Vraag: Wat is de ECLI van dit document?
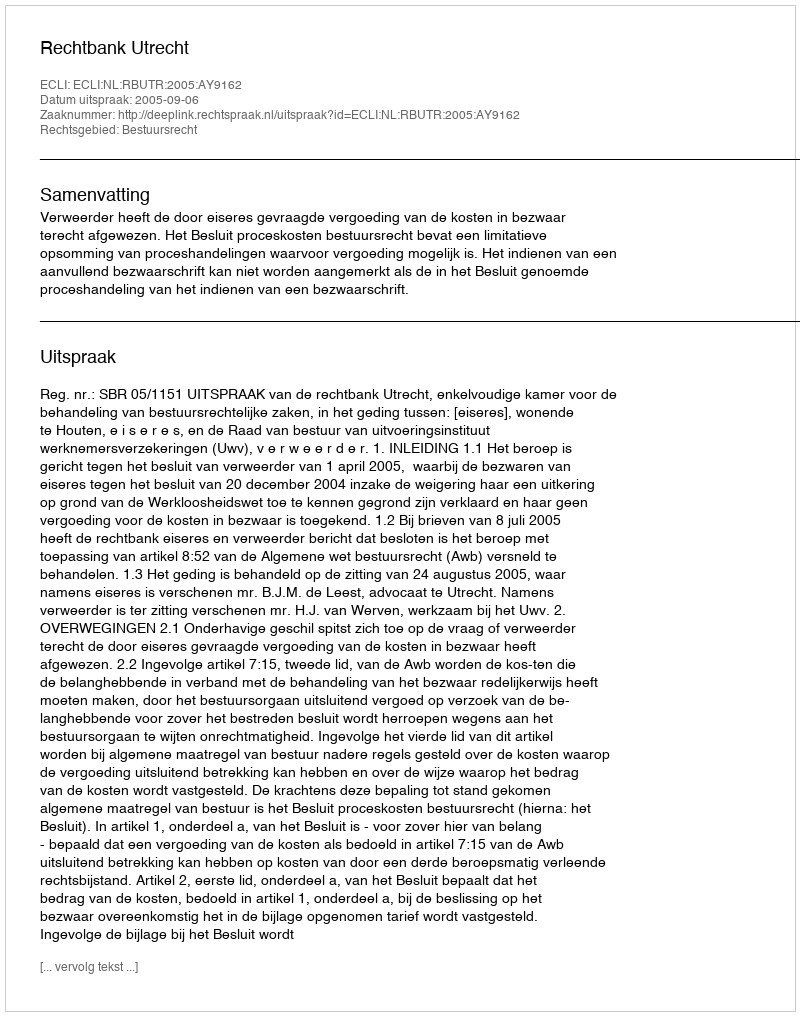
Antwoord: ECLI:NL:RBUTR:2005:AY9162